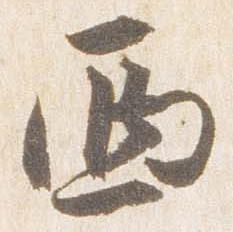
西